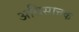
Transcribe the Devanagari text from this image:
अधिसात्तक